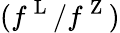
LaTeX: (f^{\mathrm{~L~}}/f^{\mathrm{~Z~}})